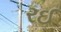
રઈ